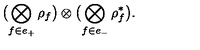
\bigl ( \bigotimes _ { f \in e _ { + } } \rho _ { f } \bigr ) \otimes \bigl ( \bigotimes _ { f \in e _ { - } } \rho _ { f } ^ { \ast } \bigr ) .